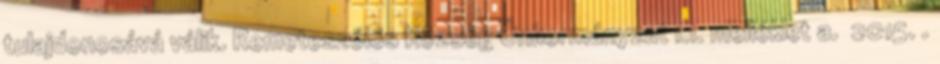
tulajdonosává válik. Remeteszőlős Község Önkormányzat 1.1. melléklet a. 2015. .